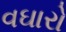
વઘારો